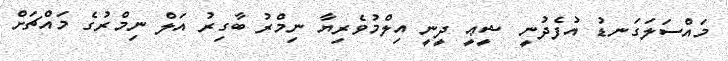
މައްސަލަގަނޑު އުފެދުނީ ޝީޢީ ދީނީ އިލްމުވެރިޔާ ނިމްރު ބާގިރު އަލް ނިމްރުގެ މައްޗަށް